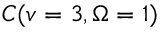
C ( v = 3 , \ensuremath { \Omega } = 1 )